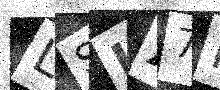
Text: LSIX7R